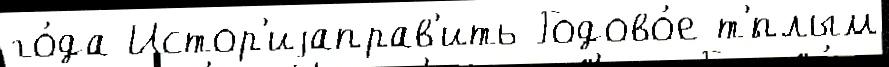
го́да Истор'иjаправ'ить Годово́е т'́плым